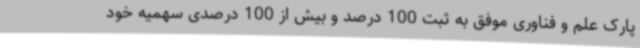
پارک علم و فناوری موفق به ثبت 100 درصد و بیش از 100 درصدی سهمیه خود